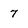
Character: 7